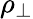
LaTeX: \rho_{\perp}